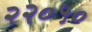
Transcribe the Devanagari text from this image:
२२०५०